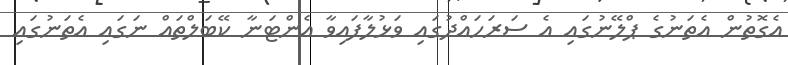
އެގޮތުން އެތަނުގެ ޕްލޭނުގައި އެ ސަރަހައްދުގައި ވަޅުލާފައިވާ އެންޓަނާ ކޭބަލްތައް ނަގައި އެތަނުގައި